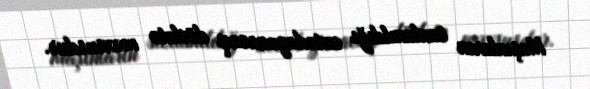
Maşınların saxlanıldığı avtodayanacaq dövlətə məxsusdur.